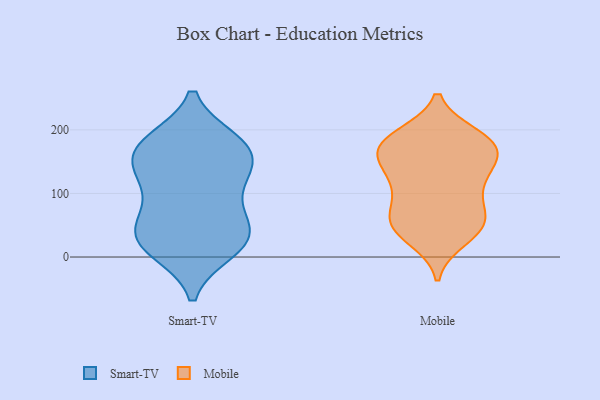
{"axis": {"x": "Humidity (%)", "y": "Value"}, "legend": ["Mobile", "Smart-TV"], "data": [{"x": "", "y": 175, "type": "Smart-TV"}, {"x": "", "y": 131, "type": "Smart-TV"}, {"x": "", "y": 127, "type": "Smart-TV"}, {"x": "", "y": 169, "type": "Smart-TV"}, {"x": "", "y": 41, "type": "Smart-TV"}, {"x": "", "y": 171, "type": "Smart-TV"}, {"x": "", "y": 22, "type": "Smart-TV"}, {"x": "", "y": 71, "type": "Smart-TV"}, {"x": "", "y": 10, "type": "Smart-TV"}, {"x": "", "y": 23, "type": "Smart-TV"}, {"x": "", "y": 117, "type": "Smart-TV"}, {"x": "", "y": 180, "type": "Smart-TV"}, {"x": "", "y": 61, "type": "Smart-TV"}, {"x": "", "y": 182, "type": "Smart-TV"}, {"x": "", "y": 47, "type": "Smart-TV"}, {"x": "", "y": 136, "type": "Smart-TV"}, {"x": "", "y": 15, "type": "Smart-TV"}, {"x": "", "y": 167, "type": "Mobile"}, {"x": "", "y": 157, "type": "Mobile"}, {"x": "", "y": 53, "type": "Mobile"}, {"x": "", "y": 136, "type": "Mobile"}, {"x": "", "y": 118, "type": "Mobile"}, {"x": "", "y": 29, "type": "Mobile"}, {"x": "", "y": 189, "type": "Mobile"}, {"x": "", "y": 176, "type": "Mobile"}, {"x": "", "y": 68, "type": "Mobile"}, {"x": "", "y": 182, "type": "Mobile"}, {"x": "", "y": 66, "type": "Mobile"}, {"x": "", "y": 135, "type": "Mobile"}, {"x": "", "y": 45, "type": "Mobile"}, {"x": "", "y": 113, "type": "Mobile"}, {"x": "", "y": 42, "type": "Mobile"}, {"x": "", "y": 54, "type": "Mobile"}, {"x": "", "y": 170, "type": "Mobile"}, {"x": "", "y": 190, "type": "Mobile"}, {"x": "", "y": 173, "type": "Mobile"}, {"x": "", "y": 98, "type": "Mobile"}]}